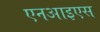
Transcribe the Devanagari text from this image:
एनआइएस